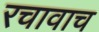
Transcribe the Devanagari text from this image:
रचावाच